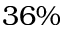
3 6 \%